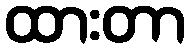
ထားတာ